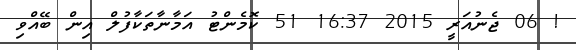
! 06 ޖެނުއަރީ 2015 16:37 51 ކޮމެންޓު އަމާނާތަކާފުލް އިން ބޭއްވި